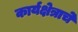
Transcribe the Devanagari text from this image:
कार्यक्षेत्राचे